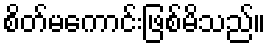
စိတ်မကောင်းဖြစ်မိသည်။